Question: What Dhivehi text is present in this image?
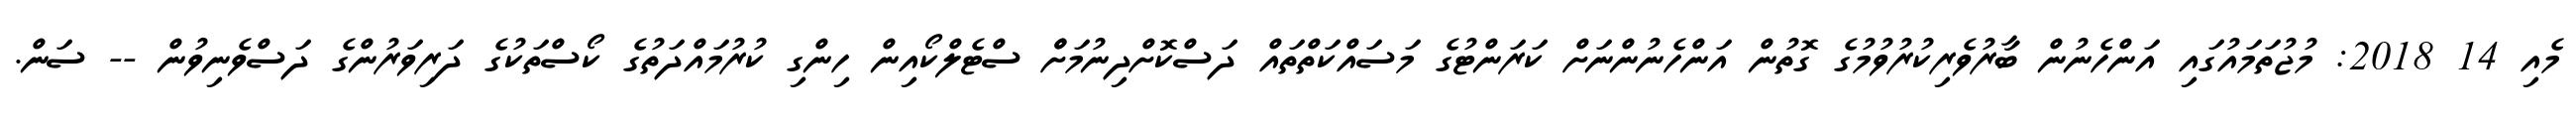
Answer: މެއި 14 2018: މުޖުތަމައުގައި އަންހެނުން ބާރުވެރިކުރުވުމުގެ ގޮތުން އަންހެނުންނަށް ކަރަންޓުގެ މަސައްކަތްތައް ދަސްކޮށްދިނުމަށްް ސްޓެލްކޯއިން ހިންގި ކުރުމައްދަތުގެ ކޯސްތަކުގެ ދަރިވަރުންގެ ދަސްވެނިވުން -- ސަން.